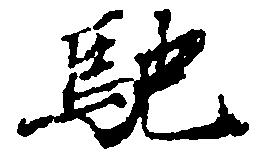
馳